Tezpur Lunatic Asylum reports 1895-1904 - 1895-1904
Year: 1895
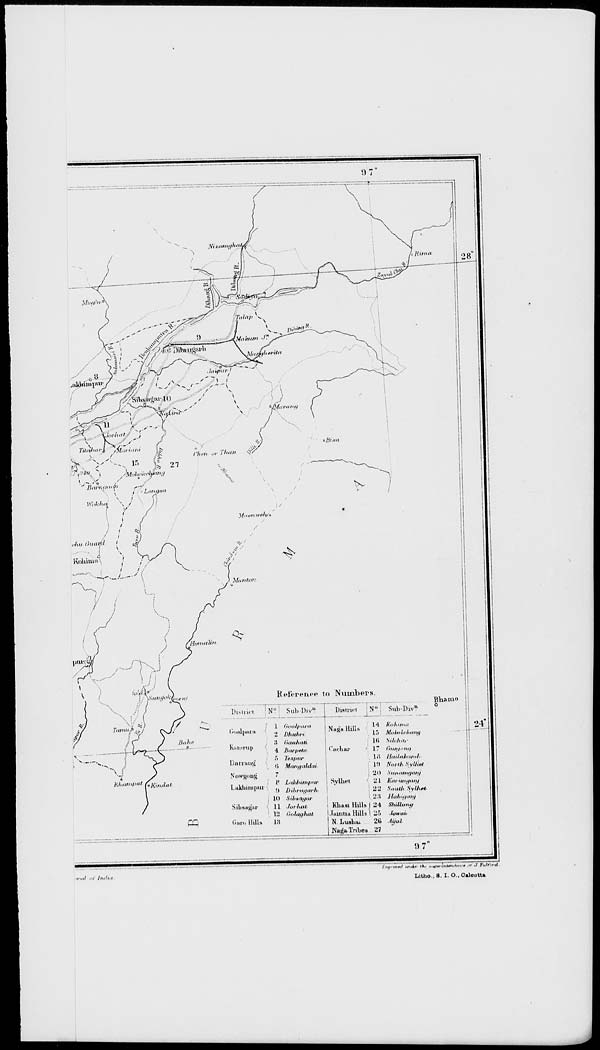
cq
8 L'tlcJmitfitit
I .iklillnl.nl
„
...
.
■ i Umrugarn
10 SiitnayfU
Sibiajjjui'
11 Jorh
{ 12 Oolat
Gai'o Hills
13
14 #<./,,„„<
lo Mohobihwig
16 Silohar
\i\ Ihlihllvntuh
'ill Sufiatngaiy
Svlhi't
'j I Kwimyaiy
2'J Soui/i .SvMiw.
i 'J.'l //../. ../.<"/
,ut
i Kbasi Hills I 24 ShiUung
iiufhai
I.IMIIUIU Hills I 25 JowaL
N. LusLai
2B Aijui
Naga. Tribes 27
5)7'
I
•l'4it (</ lltllt't
I ,u,,„~.,l ,„„*.. Ih. .,+„,,„U.ut.,u, ... J Fulf„,l
Litho..S. I. O..Oaloutta